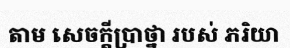
តាម សេចក្តីប្រាថ្នា របស់ ភរិយា